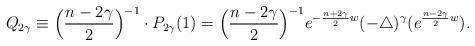
\begin{align*}Q_{2\gamma}\equiv\Big(\frac{n-2\gamma}{2}\Big)^{-1}\cdot P_{2\gamma}(1)=\Big(\frac{n-2\gamma}{2}\Big)^{-1}e^{-\frac{n+2\gamma}{2}w}(-\triangle)^{\gamma}(e^{\frac{n-2\gamma}{2}w}).\end{align*}